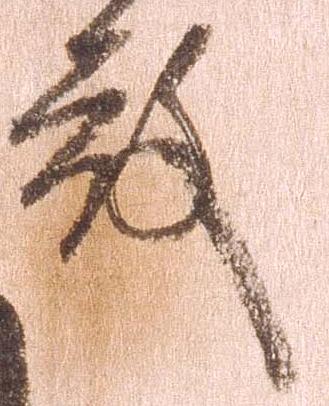
殿